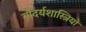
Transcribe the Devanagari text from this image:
सौंदर्यशास्त्रियों